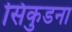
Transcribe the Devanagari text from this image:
सिकुडना